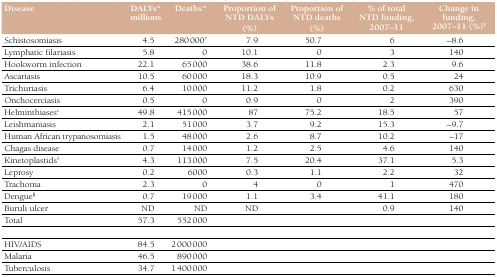
| Disease | DALYs* millions | Deaths* | Proportion of NTD DALYs (%) | Proportion of NTD deaths (%) | % of total NTD funding, 2007–11 | Change in funding, 2007–11 (%)¶ |
 | --- | --- | --- | --- | --- | --- | --- |
 | Schistosomiasis | 4.5 | 280 000† | 7.9 | 50.7 | 6 | –8.6 |
 | Lymphatic filariasis | 5.8 | 0 | 10.1 | 0 | 3 | 140 |
 | Hookworm infection | 22.1 | 65 000 | 38.6 | 11.8 | 2.3 | 9.6 |
 | Ascariasis | 10.5 | 60 000 | 18.3 | 10.9 | 0.5 | 24 |
 | Trichuriasis | 6.4 | 10 000 | 11.2 | 1.8 | 0.2 | 630 |
 | Onchocerciasis | 0.5 | 0 | 0.9 | 0 | 2 | 390 |
 | Helminthiasesc | 49.8 | 415 000 | 87 | 75.2 | 18.5 | 57 |
 | Leishmaniasis | 2.1 | 51 000 | 3.7 | 9.2 | 15.3 | –9.7 |
 | Human African trypanosomiasis | 1.5 | 48 000 | 2.6 | 8.7 | 10.2 | –17 |
 | Chagas disease | 0.7 | 14 000 | 1.2 | 2.5 | 4.6 | 140 |
 | Kinetoplastids‡ | 4.3 | 113 000 | 7.5 | 20.4 | 37.1 | 5.3 |
 | Leprosy | 0.2 | 6000 | 0.3 | 1.1 | 2.2 | 32 |
 | Trachoma | 2.3 | 0 | 4 | 0 | 1 | 470 |
 | Dengue§ | 0.7 | 19 000 | 1.1 | 3.4 | 41.1 | 180 |
 | Buruli ulcer | ND | ND | ND |  | 0.9 | 140 |
 | Total | 57.3 | 552 000 |  |  |  |  |
 | HIV/AIDS | 84.5 | 2 000 000 |  |  |  |  |
 | Malaria | 46.5 | 890 000 |  |  |  |  |
 | Tuberculosis | 34.7 | 1 400 000 |  |  |  |  |